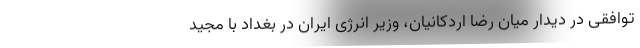
توافقی در دیدار میان رضا اردکانیان، وزیر انرژی ایران در بغداد با مجید